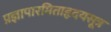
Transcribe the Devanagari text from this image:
प्रज्ञापारमिताहृदयसूत्र